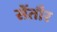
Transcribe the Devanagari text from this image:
सेंतौर